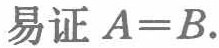
易证 \(A = B\).